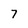
Character: 7